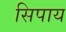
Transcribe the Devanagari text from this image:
सिपाय